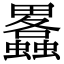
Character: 𤴂